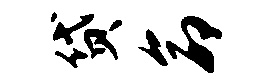
贷命